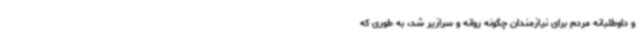
و داوطلبانه مردم برای نیازمندان چگونه روانه و سرازیر شد، به طوری که